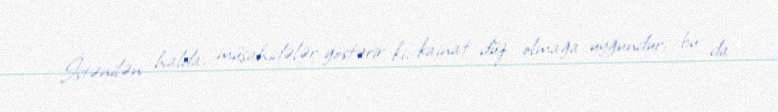
İstənilən halda, müşahidələr göstərir ki, kainat düz olmağa uyğundur, bu da